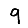
Digit: 9